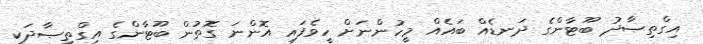
އިގްތިޞާދު ބޫޓާންގެ ދަނޑެއް ބައެއް މީހުންނަށް ހީވެފައި އޮންނަ ގޮތުން ބޫޓާންގެ އިގްތިޞާދަކީ